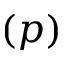
( p )